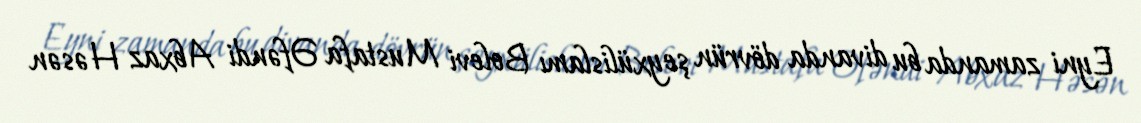
Eyni zamanda bu divanda dövrün şeyxülislamı Bolevi Mustafa Əfəndi Abxaz Həsən